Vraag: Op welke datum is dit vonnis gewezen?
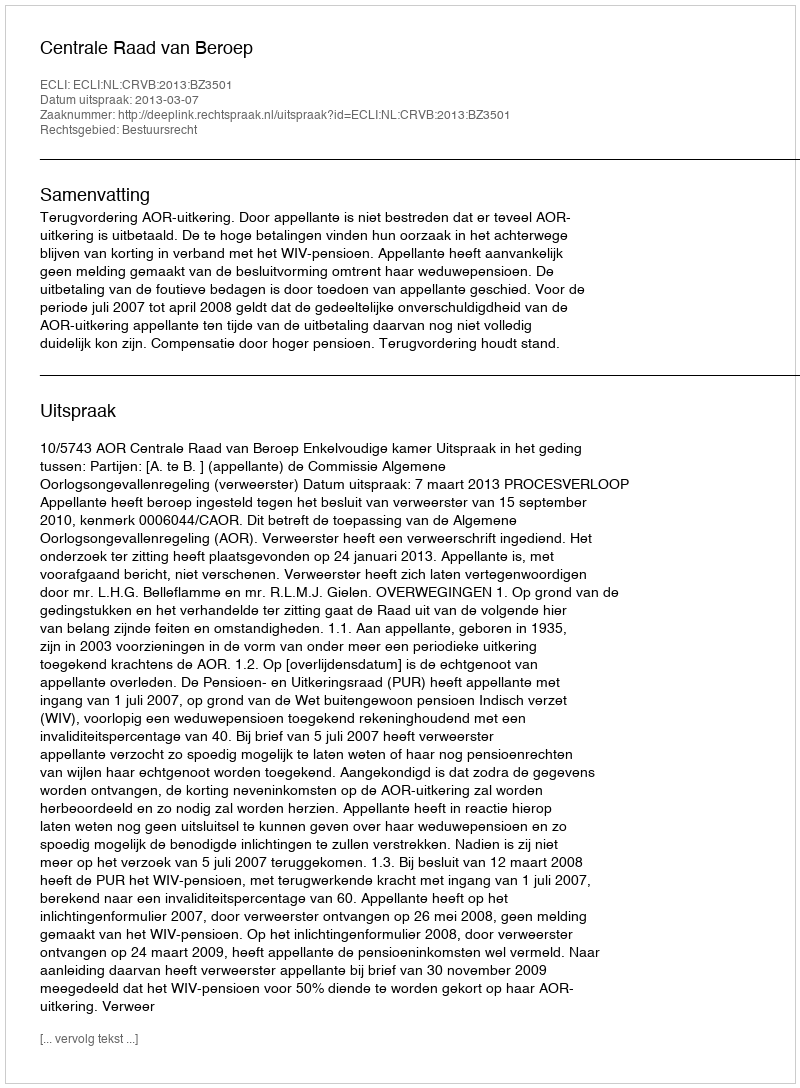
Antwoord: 2013-03-07